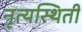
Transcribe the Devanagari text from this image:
नृत्यस्थिती